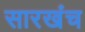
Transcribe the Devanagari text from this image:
सारखंच